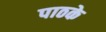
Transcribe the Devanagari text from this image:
पाठके